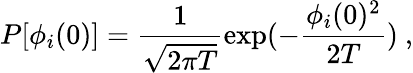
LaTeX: P[\phi_{i}(0)]=\frac{1}{\sqrt{2\pi T}}\exp(-\frac{\phi_{i}(0)^{2}}{2T})~,